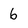
Character: 6